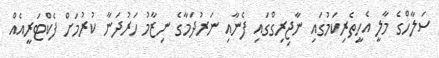
ސަލާހްގެ މާލީ އެހީތެރިކަމުގައި ނާޖިރިގްގައި ފެނާއި ނަރުދަމާގެ ނިޒާމު ހަރުދަނާ ކުރުމަށް ފެކްޓަރީއެއް